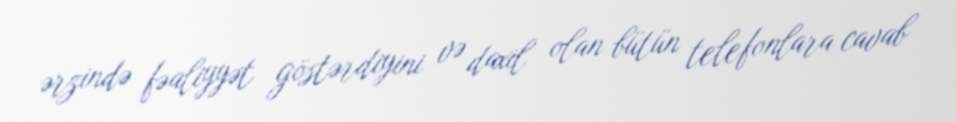
ərzində fəaliyyət göstərdiyini və daxil olan bütün telefonlara cavab